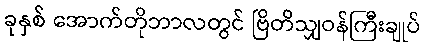
ခုနှစ် အောက်တိုဘာလတွင် ဗြိတိသျှဝန်ကြီးချုပ်